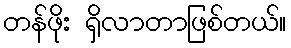
တန်ဖိုး ရှိလာတာဖြစ်တယ်။